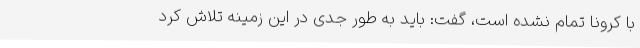
با کرونا تمام نشده است، گفت: باید به طور جدی در این زمینه تلاش کرد